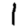
Digit: 1